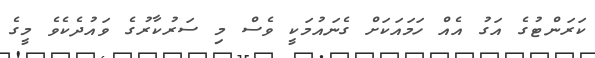
ކަރަންޓުގެ އަގު އެއް ހަމައަކަށް ގެނައުމަކީ ވެސް މި ސަރުކާރުގެ ވައުދެކެވެ މީގެ